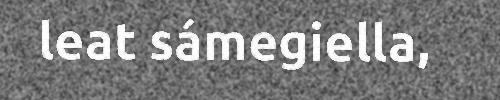
leat sámegiella,